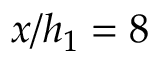
x / h _ { 1 } = 8